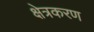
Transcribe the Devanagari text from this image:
क्षेत्रकरण